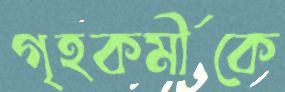
গৃহকর্মীকে